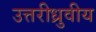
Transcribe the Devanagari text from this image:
उत्तरीध्रुवीय